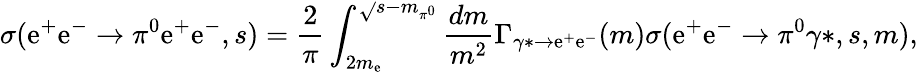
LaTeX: \sigma(\mathrm{e}^{+}\mathrm{e}^{-}\rightarrow\pi^{0}\mathrm{e}^{+}\mathrm{e}^{-},s)=\frac{{2}}{{\pi}}\int_{2m_{\mathrm{e}}}^{\sqrt{}{{s}}-m_{\pi^{0}}}\frac{{dm}}{{m^{2}}}\Gamma_{\gamma*\to\mathrm{e}^{+}\mathrm{e}^{-}}(m)\sigma(\mathrm{e}^{+}\mathrm{e}^{-}\rightarrow\pi^{0}\gamma*,s,m),